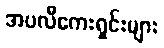
အပလီကေးရှင်းများ